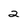
Character: 2